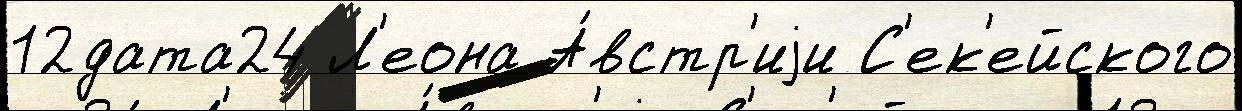
12дата24 Л'еона А́встр'иjи С'ек'ейского